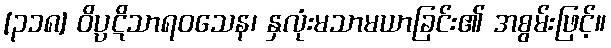
[၃၁၈] ဝိပ္ပဋိသာရဝသေန၊ နှလုံးမသာမယာခြင်း၏ အစွမ်းဖြင့်။